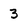
Character: 3